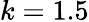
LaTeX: k=1.5